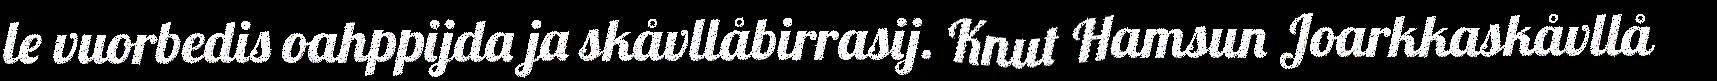
le vuorbedis oahppijda ja skåvllåbirrasij. Knut Hamsun Joarkkaskåvllå